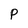
Character: P